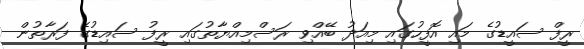
ރީފް ސައީޑުގެ މައި އޮފީހުގައި މިއަދު ބޭއްވި ރަސްމިއްޔާތުގައި ރީފު ސައިޑުގެ ފަރާތުން